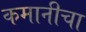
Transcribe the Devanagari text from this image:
कमानीचा